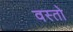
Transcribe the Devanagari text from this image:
वस्तो